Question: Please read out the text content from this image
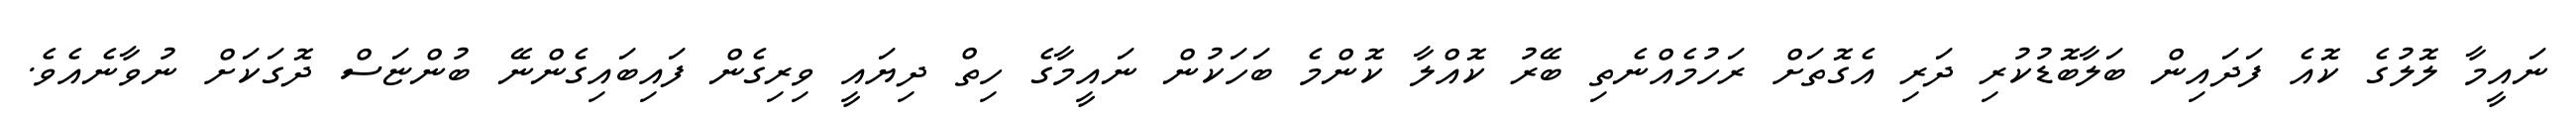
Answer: ނައީމާ ލޮލުގެ ކޮއެ ފަދައިން ބަލާބޮޑުކުރި ދަރި އެގޮތަށް ރަހުމެއްނެތި ބޭރު ކޮއްލާ ކޮންމެ ބަހަކުން ނައީމާގެ ހިތް ދިޔައީ ވިރިގެން ފައިބައިގެންނޭ ބުންޏަސް ދޮގަކަށް ނުވާނެއެވެ.